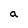
Character: a